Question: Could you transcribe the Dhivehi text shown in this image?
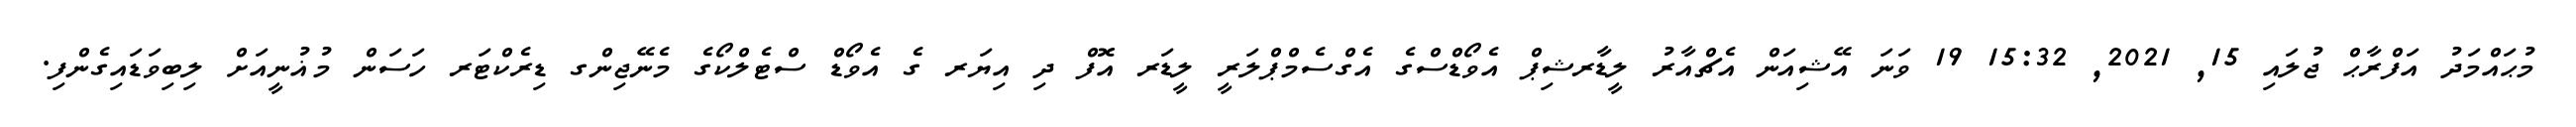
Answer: މުޙައްމަދު އަފްރާޙް ޖުލައި 15, 2021, 15:32 19 ވަނަ އޭޝިއަން އެޗްއާރު ލީޑާރޝިޕް އެވޯޑްސްގެ އެގްސެމްޕްލަރީ ލީޑަރ އޮފް ދި އިޔަރ ގެ އެވޯޑް ސްޓެލްކޯގެ މެނޭޖިންގ ޑިރެކްޓަރ ހަސަން މުޣުނީއަށް ލިބިވަޑައިގެންފި.